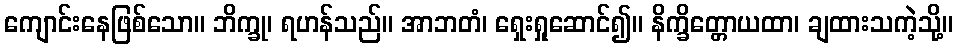
ကျောင်းနေဖြစ်သော။ ဘိက္ခု၊ ရဟန်သည်။ အာဘတံ၊ ရှေးရှုဆောင်၍။ နိက္ခိတ္တောယထာ၊ ချထားသကဲ့သို့။